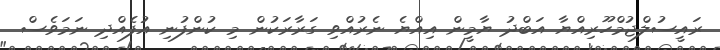
ރައީސުލްޖުމްހޫރިއްޔާ އަބްދު ޔާމީން އިއްޔެ ނެރުއްވި ގަރާރަކުން މި ކުންފުނި އުފެއްދި ނަމަވެސް